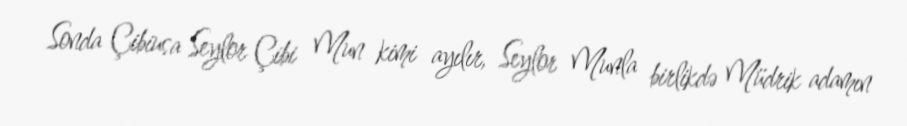
Sonda Çibiusa Seylor Çibi Mun kimi ayılır, Seylor Munla birlikdə Müdrik adamın